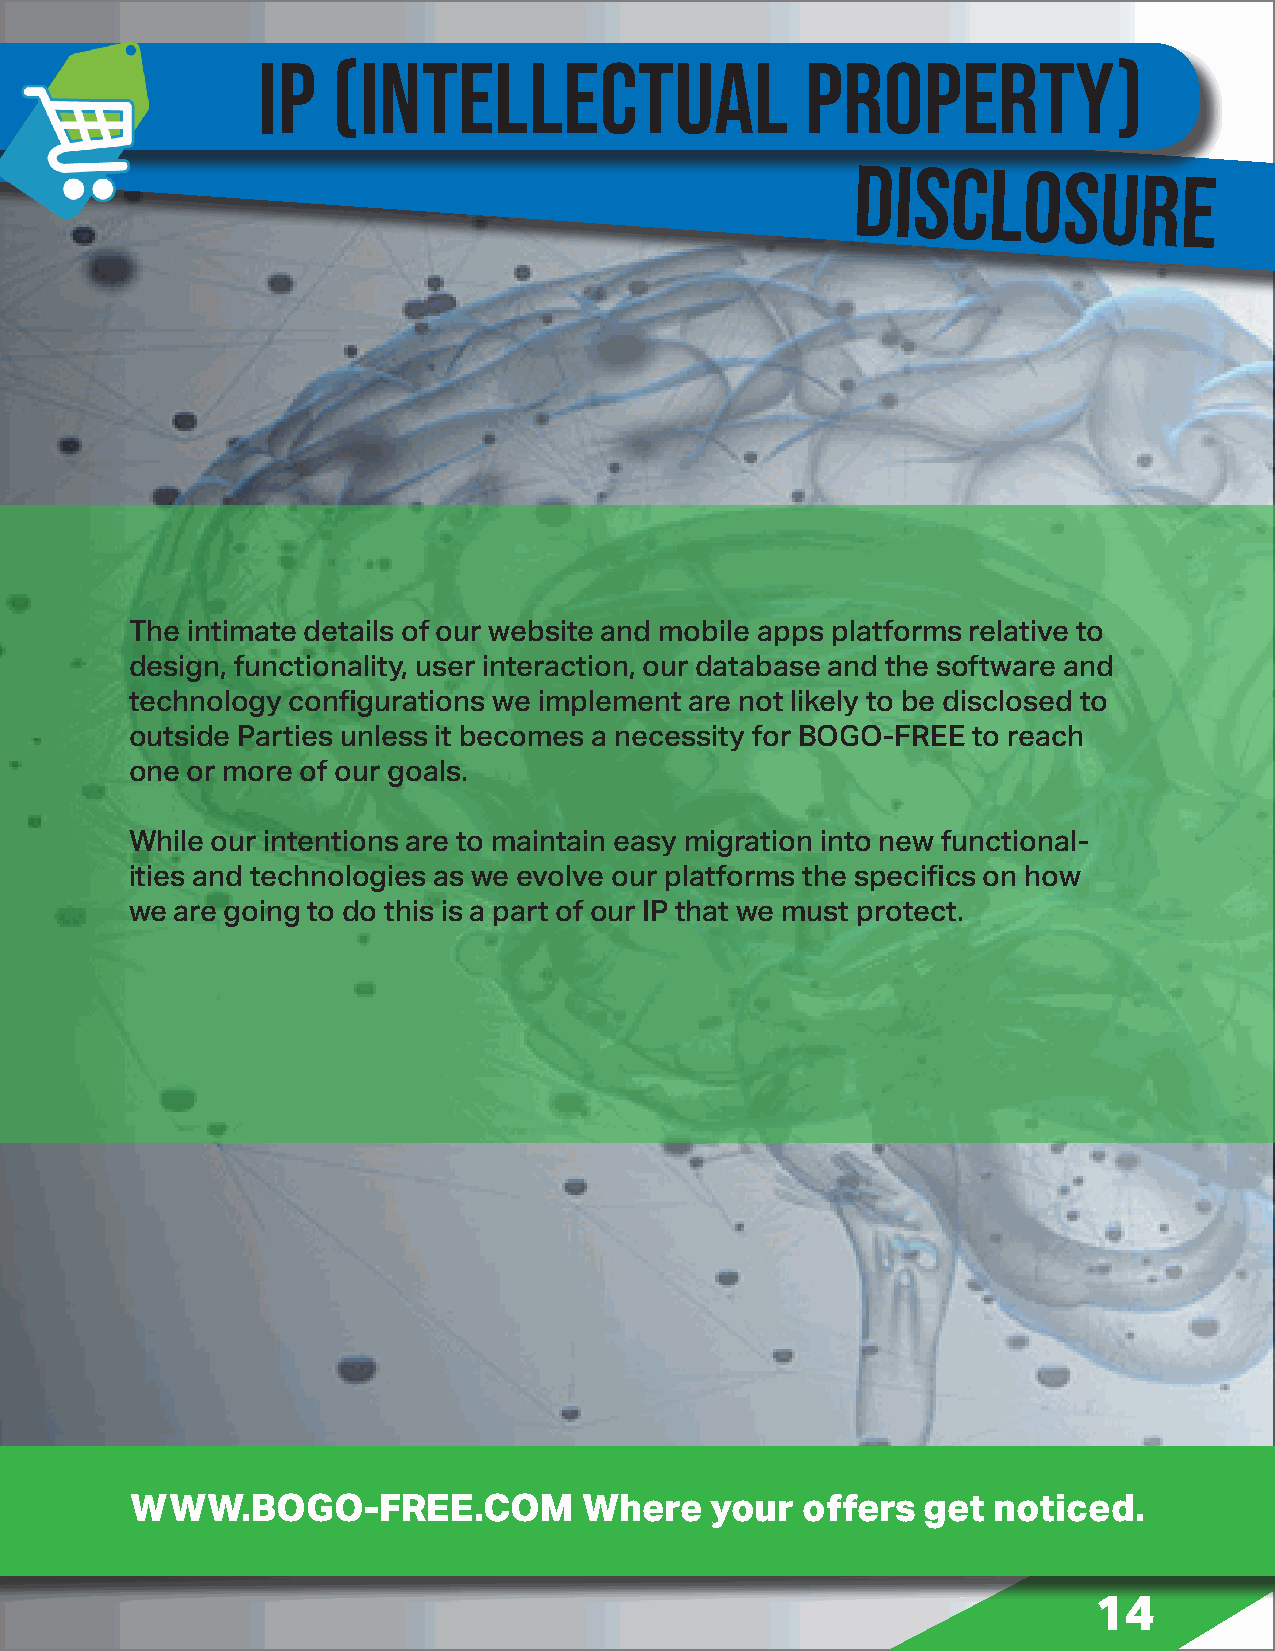
IP   (intellectual                  property)
 DISCLOSURE
 The intimate details of our website and mobile apps platforms relative to
 design, functionality, user interaction, our database and the software and
 technology configurations we implement are not likely to be disclosed to
 outside Parties unless it becomes a necessity for BOGO-FREE to reach
 one or more of our goals.
 While our intentions are to maintain easy migration into new functional-
 ities and technologies as we evolve our platforms the specifics on how
 we are going to do this is a part of our IP that we must protect.
 WWW.BOGO-FREE.COM             Where   your  offers  get  noticed.
 14